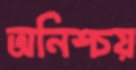
অনিশ্চয়